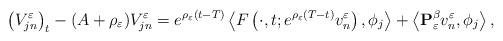
LaTeX: \begin{align*}\left(V_{jn}^{\varepsilon}\right)_{t} -(A+\rho_{\varepsilon})V_{jn}^{\varepsilon}=e^{\rho_{\varepsilon}\left(t-T\right)}\left\langle F\left(\cdot,t;e^{\rho_{\varepsilon}\left(T-t\right)}v_{n}^{\varepsilon}\right),\phi_{j}\right\rangle +\left\langle \mathbf{P}_{\varepsilon}^{\beta}v_{n}^{\varepsilon},\phi_{j}\right\rangle ,\end{align*}